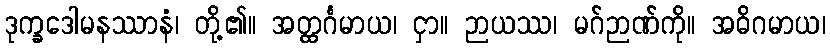
ဒုက္ခဒေါမနဿာနံ၊ တို့၏။ အတ္ထင်္ဂမာယ၊ ငှာ။ ဉာယဿ၊ မဂ်ဉာဏ်ကို။ အဓိဂမာယ၊